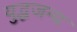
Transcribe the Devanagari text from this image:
युद्धजन्‍य